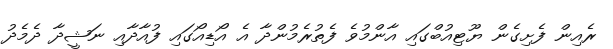
ރެއިން ފެށިގެން ޔޫޓިއުބްގައި އާންމުވެ ފެތުރެމުންދާ އެ އޯޑިއޯގައި ފުއާދާއި ނަޝީދާ ދެމެދު